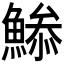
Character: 𩹧